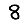
Digit: 8